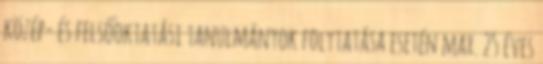
közép- és felsőoktatási tanulmányok folytatása esetén max. 25 éves